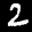
Label: 2